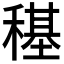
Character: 𮃤